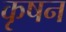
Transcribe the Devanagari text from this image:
कृषन